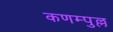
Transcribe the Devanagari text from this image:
कणम्पुल्ल